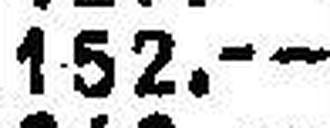
152.—